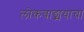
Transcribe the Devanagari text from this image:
लोकवाङ्मयाचा